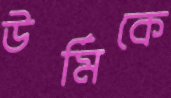
উর্মিকে